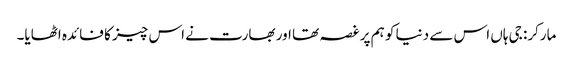
مارکر: جی ہاں اس سے دنیا کو ہم پر غصہ تھا اور بھارت نے اس چیز کا فائدہ اٹھایا۔